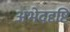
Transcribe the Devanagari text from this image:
अभेददृष्टि